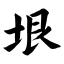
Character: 垠